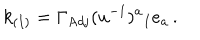
LaTeX: k _ { ( I ) } = \Gamma _ { \mathrm { A d j } } ( u ^ { - 1 } ) ^ { a } { } _ { I } e _ { a } \, .